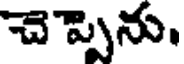
చెప్పెను.